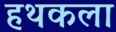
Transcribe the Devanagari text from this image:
हथकला